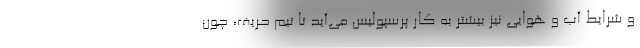
و شرایط آب و هوایی نیز بیشتر به کار پرسپولیس می‌آید تا تیم حریف، چون